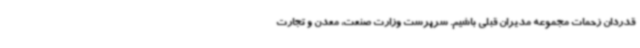
قدردان زحمات مجموعه مدیران قبلی باشیم. سرپرست وزارت صنعت، معدن و تجارت